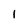
Character: 1